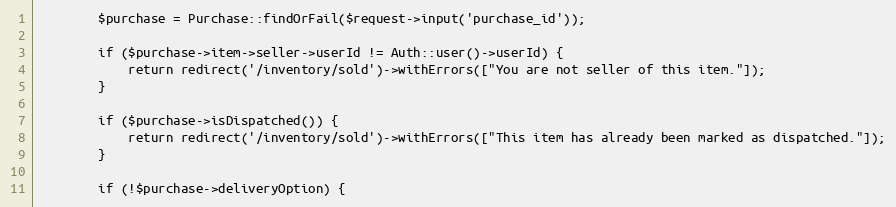
Language: PHP
        $purchase = Purchase::findOrFail($request->input('purchase_id'));

        if ($purchase->item->seller->userId != Auth::user()->userId) {
            return redirect('/inventory/sold')->withErrors(["You are not seller of this item."]);
        }

        if ($purchase->isDispatched()) {
            return redirect('/inventory/sold')->withErrors(["This item has already been marked as dispatched."]);
        }

        if (!$purchase->deliveryOption) {